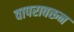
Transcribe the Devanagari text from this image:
वापरावरून